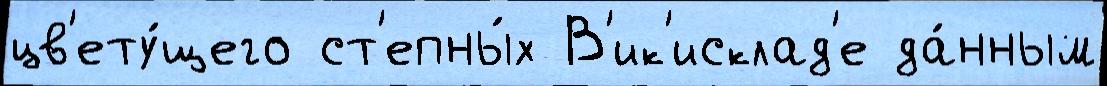
цв'ету́щего ст'епны́х В'ик'исклад'е да́нным